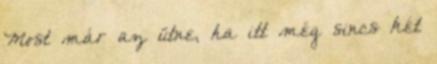
Most már az ütne, ha itt még sincs két